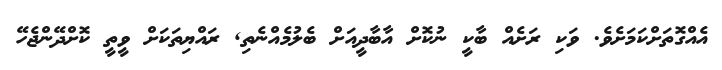
އެއްގޮތަށްކަމަށެވެ. ވަކި ރަށެއް ބާކީ ނުކޮށް އާބާދީއަށް ބެލުމެއްނެތި